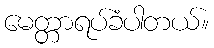
မေတ္တာရပ်ခံပါတယ်။